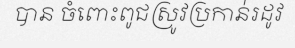
បាន ចំពោះពូជស្រូវប្រកាន់រដូវ